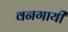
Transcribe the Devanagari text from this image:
वनगायी